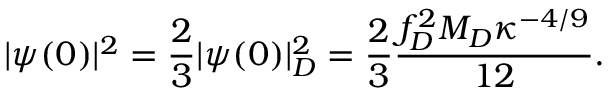
| \psi ( 0 ) | ^ { 2 } = \frac { 2 } { 3 } | \psi ( 0 ) | _ { D } ^ { 2 } = \frac { 2 } { 3 } \frac { f _ { D } ^ { 2 } M _ { D } \kappa ^ { - 4 / 9 } } { 1 2 } .